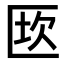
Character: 𠥈